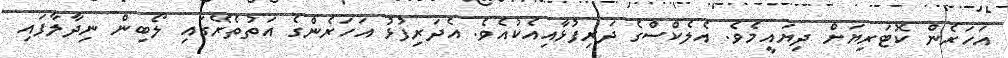
އަހަރެން ކޮޓަރިޔަށް ދިޔައީމެވެ. އެލެކްސްގެ ދަރިފުޅާއިއެކުއެވެ. އެދަރިފުޅު އަހަރެންގެ އަތުތެރޭގައި ލޯބިން ނިދާލާފައި